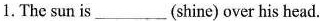
1.Thesun is___(shine) over his head.